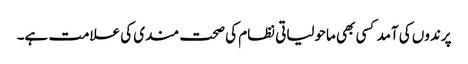
پرندوں کی آمد کسی بھی ماحولیاتی نظام کی صحت مندی کی علامت ہے۔